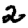
Digit: 2